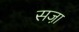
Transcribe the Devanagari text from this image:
सजा़